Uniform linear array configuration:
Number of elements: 8
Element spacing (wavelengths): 1
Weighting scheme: blackman
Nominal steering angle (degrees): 0
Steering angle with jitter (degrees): -1.896
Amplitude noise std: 0.05
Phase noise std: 0.05

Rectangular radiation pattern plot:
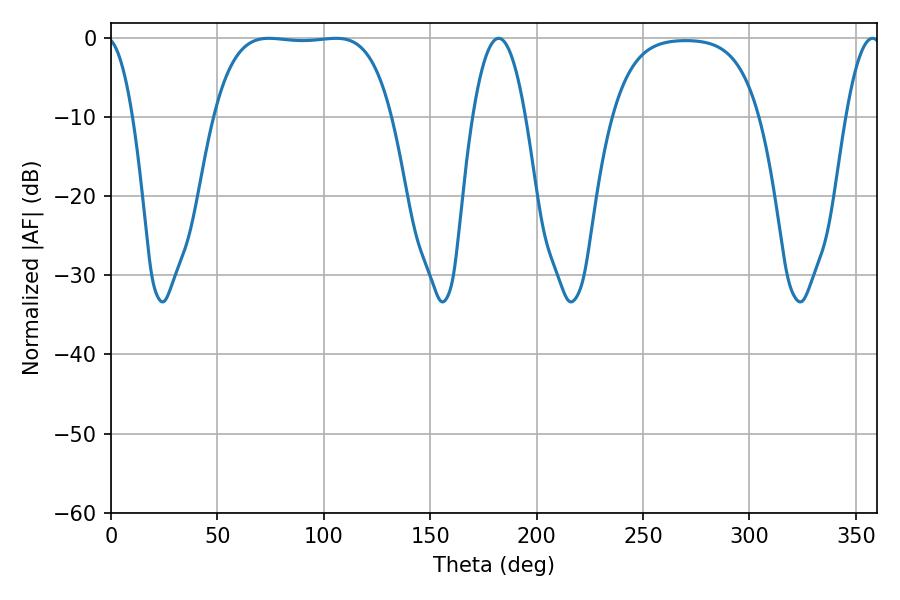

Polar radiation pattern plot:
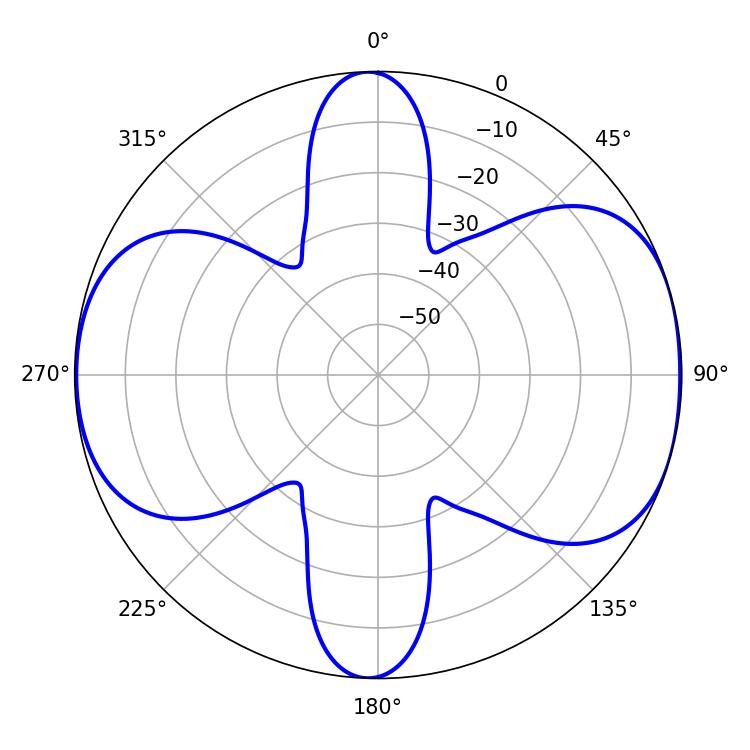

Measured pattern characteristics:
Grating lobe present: TRUE
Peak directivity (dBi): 8.402
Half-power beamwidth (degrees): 13.68
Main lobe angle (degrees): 182.16